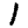
Digit: 1